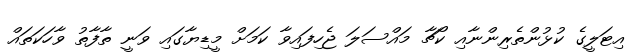
އިޓަލީގެ ކުޅުންތެރިންނާއި ކޯޗާ މައްސަލަ ޖެހިފައިވާ ކަމަށް މީޑިޔާގައި ވަނީ ތާފާތު ވާހަކަތައް